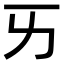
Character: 𠀅